Report of the Imperial Institute of Veterinary Research, Muktesar
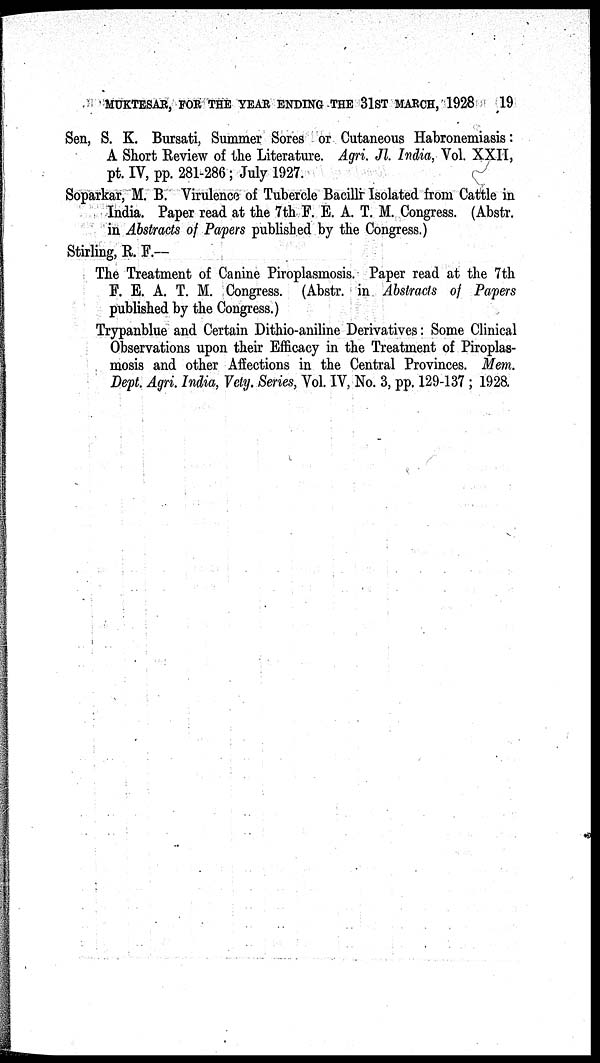
MUKTESAR, FOR THE YEAR ENDING THE 31ST MARCH, 1928
19
Sen, S. K. Bursati, Summer Sores or Cutaneous Habronemiasis:
A Short Review of the Literature. Agri. Jl. India, Vol. XXII,
pt. IV, pp. 281-286; July 1927.
Soparkar, M. B. Virulence of Tubercle Bacilli Isolated from Cattle in
India. Paper read at the 7th F. E. A. T. M. Congress. (Abstr.
in Abstracts of Papers published by the Congress.)
Stirling, R. F.—
The Treatment of Canine Piroplasmosis. Paper read at the 7th
F. E. A. T. M. Congress. (Abstr. in Abstracts of Papers
published by the Congress.)
Trypanblue and Certain Dithio-aniline Derivatives: Some Clinical
Observations upon their Efficacy in the Treatment of Piroplas-
mosis and other Affections in the Central Provinces. Mem.
Dept. Agri. India, Vety. Series, Vol. IV, No. 3, pp. 129-137 ; 1928.